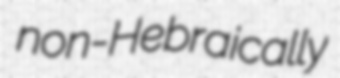
non-Hebraically